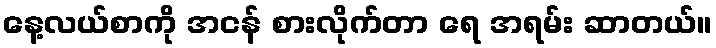
နေ့လယ်စာကို အငန် စားလိုက်တာ ရေ အရမ်း ဆာတယ်။